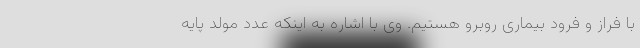
با فراز و فرود بیماری روبرو هستیم. وی با اشاره به اینکه عدد مولد پایه